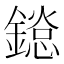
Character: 𨬂